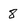
Character: 8